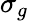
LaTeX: \sigma_{g}